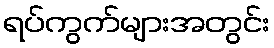
ရပ်ကွက်များအတွင်း